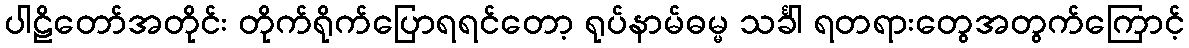
ပါဠိတော်အတိုင်း တိုက်ရိုက်ပြောရရင်တော့ ရုပ်နာမ်ဓမ္မ သင်္ခါ ရတရားတွေအတွက်ကြောင့်